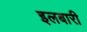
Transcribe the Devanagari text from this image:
इलबारी